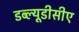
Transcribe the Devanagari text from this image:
डब्ल्यूडीसीए